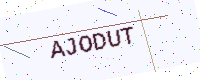
Text: AJODUT